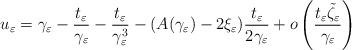
LaTeX: \begin{align*}u_\varepsilon= \gamma_\varepsilon-\frac{t_\varepsilon}{\gamma_\varepsilon}-\frac{t_\varepsilon}{\gamma_\varepsilon^3}-(A(\gamma_\varepsilon)-2\xi_\varepsilon)\frac{t_\varepsilon}{2\gamma_\varepsilon}+o\left(\frac{t_\varepsilon \tilde{\zeta}_\varepsilon}{\gamma_\varepsilon} \right)\end{align*}